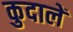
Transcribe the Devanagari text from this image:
कुदालें